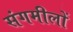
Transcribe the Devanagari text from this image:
संगमीलों